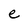
Character: e